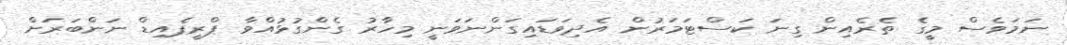
ނަމަވެސް މީގެ ތެރެއިން ގިނަ ކަސްޓަމަރުން އެދިވަޑައިގަންނަވަނީ މިހާރު ގެންގުޅުއްވާ ޕްރީޕެއިޑް ނަންބަރަށް